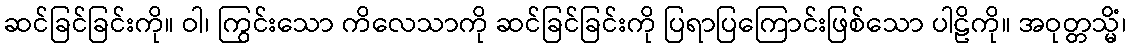
ဆင်ခြင်ခြင်းကို။ ဝါ၊ ကြွင်းသော ကိလေသာကို ဆင်ခြင်ခြင်းကို ပြရာပြကြောင်းဖြစ်သော ပါဠိကို။ အဝုတ္တသ္မိံ၊